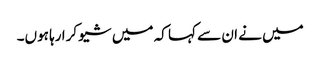
میں نے ان سے کہا کہ میں شیو کرا رہا ہوں۔